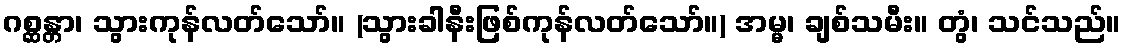
ဂစ္ဆန္တာ၊ သွားကုန်လတ်သော်။ (သွားခါနီးဖြစ်ကုန်လတ်သော်။) အမ္မ၊ ချစ်သမီး။ တွံ၊ သင်သည်။